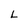
Character: L